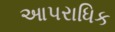
આપરાધિક